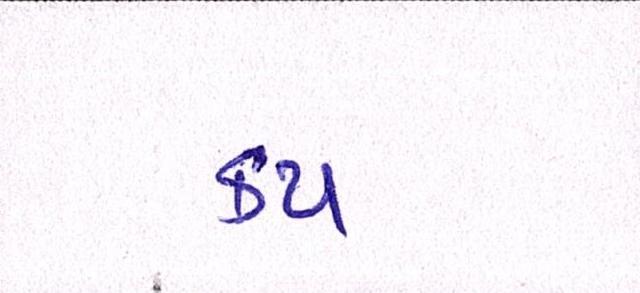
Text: કપ